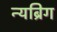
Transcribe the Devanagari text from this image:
न्यब्रिग